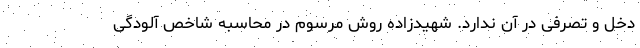
دخل و تصرفی در آن ندارد. شهیدزاده روش مرسوم در محاسبه شاخص آلودگی